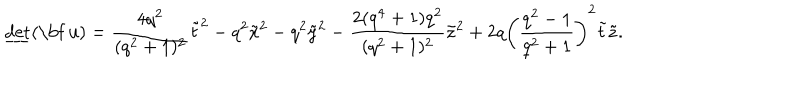
LaTeX: \underline { { { \mathrm { d e t } } } } ( \mathrm { \bf ~ u } ) = \frac { 4 q ^ { 2 } } { ( q ^ { 2 } + 1 ) ^ { 2 } } \tilde { t } ^ { 2 } - q ^ { 2 } \tilde { x } ^ { 2 } - q ^ { 2 } \tilde { y } ^ { 2 } - \frac { 2 ( q ^ { 4 } + 1 ) q ^ { 2 } } { ( q ^ { 2 } + 1 ) ^ { 2 } } \tilde { z } ^ { 2 } + 2 q \left( \frac { q ^ { 2 } - 1 } { q ^ { 2 } + 1 } \right) ^ { 2 } \tilde { t } \tilde { z } .